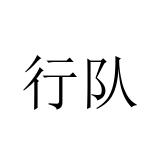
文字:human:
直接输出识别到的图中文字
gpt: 行队